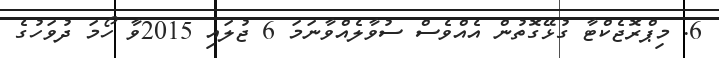
6. މިޕްރޮޖެކްޓާ ގުޅޭގޮތުން އެއްވެސް ސުވާލެއްވާނަމަ 6 ޖުލައި 2015ވާ ހޯމަ ދުވަހުގެ